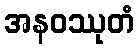
အနဝဿုတံ